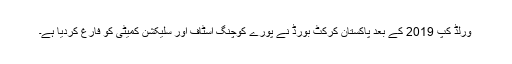
ورلڈ کپ 2019 کے بعد پاکستان کرکٹ بورڈ نے پورے کوچنگ اسٹاف اور سلیکشن کمیٹی کو فارغ کردیا ہے۔